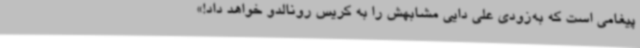
پیغامی است که به‌زودی علی دایی مشابهش را به کریس رونالدو خواهد داد!»